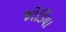
જોડિયા